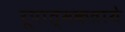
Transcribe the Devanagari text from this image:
रूपात्मकताये